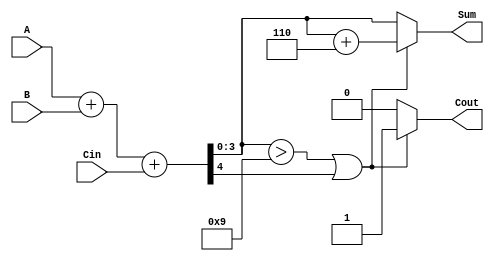
module BCD_Parallel_Adder (
    input  wire [3:0] A,     // First BCD digit
    input  wire [3:0] B,     // Second BCD digit
    input  wire Cin,         // Carry input
    output reg  [3:0] Sum,   // BCD result
    output reg  Cout         // Carry output
);

    // Internal wires
    wire [4:0] S;            // 5-bit sum for binary addition
    wire correction;         // Indicates whether correction is needed

    // Binary addition
    assign S = A + B + Cin;

    // Determine if correction is needed
    assign correction = (S[3:0] > 9) || S[4];

    always @(*) begin
        if (correction) begin
            // If correction is needed, add 6 (0110 in binary) to the sum
            Sum = S[3:0] + 4'b0110;
            Cout = 1'b1; // Set carry out
        end else begin
            // No correction is needed
            Sum = S[3:0];
            Cout = 1'b0; // No overflow
        end
    end

endmodule